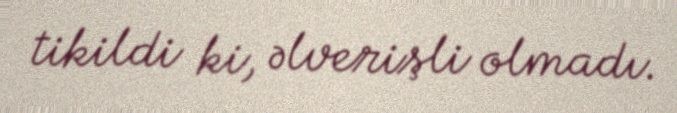
tikildi ki, əlverişli olmadı.